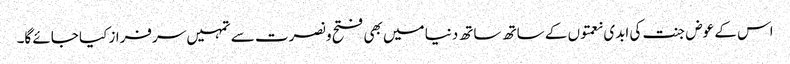
اس کے عوض جنت کی ابدی نعمتوں کے ساتھ ساتھ دنیا میں بھی فتح و نصرت سے تمہیں سرفراز کیا جائے گا۔